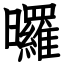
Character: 曪